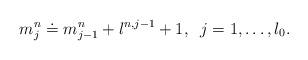
LaTeX: \begin{align*}m^n_j \doteq m^n_{j-1} + l^{n,j-1}+1,\; \; j = 1,\dots, l_0.\end{align*}